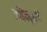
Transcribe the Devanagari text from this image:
जौम्बी